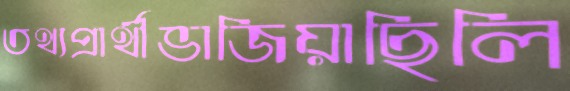
তথ্যপ্রার্থীভাজিয়াছিলি